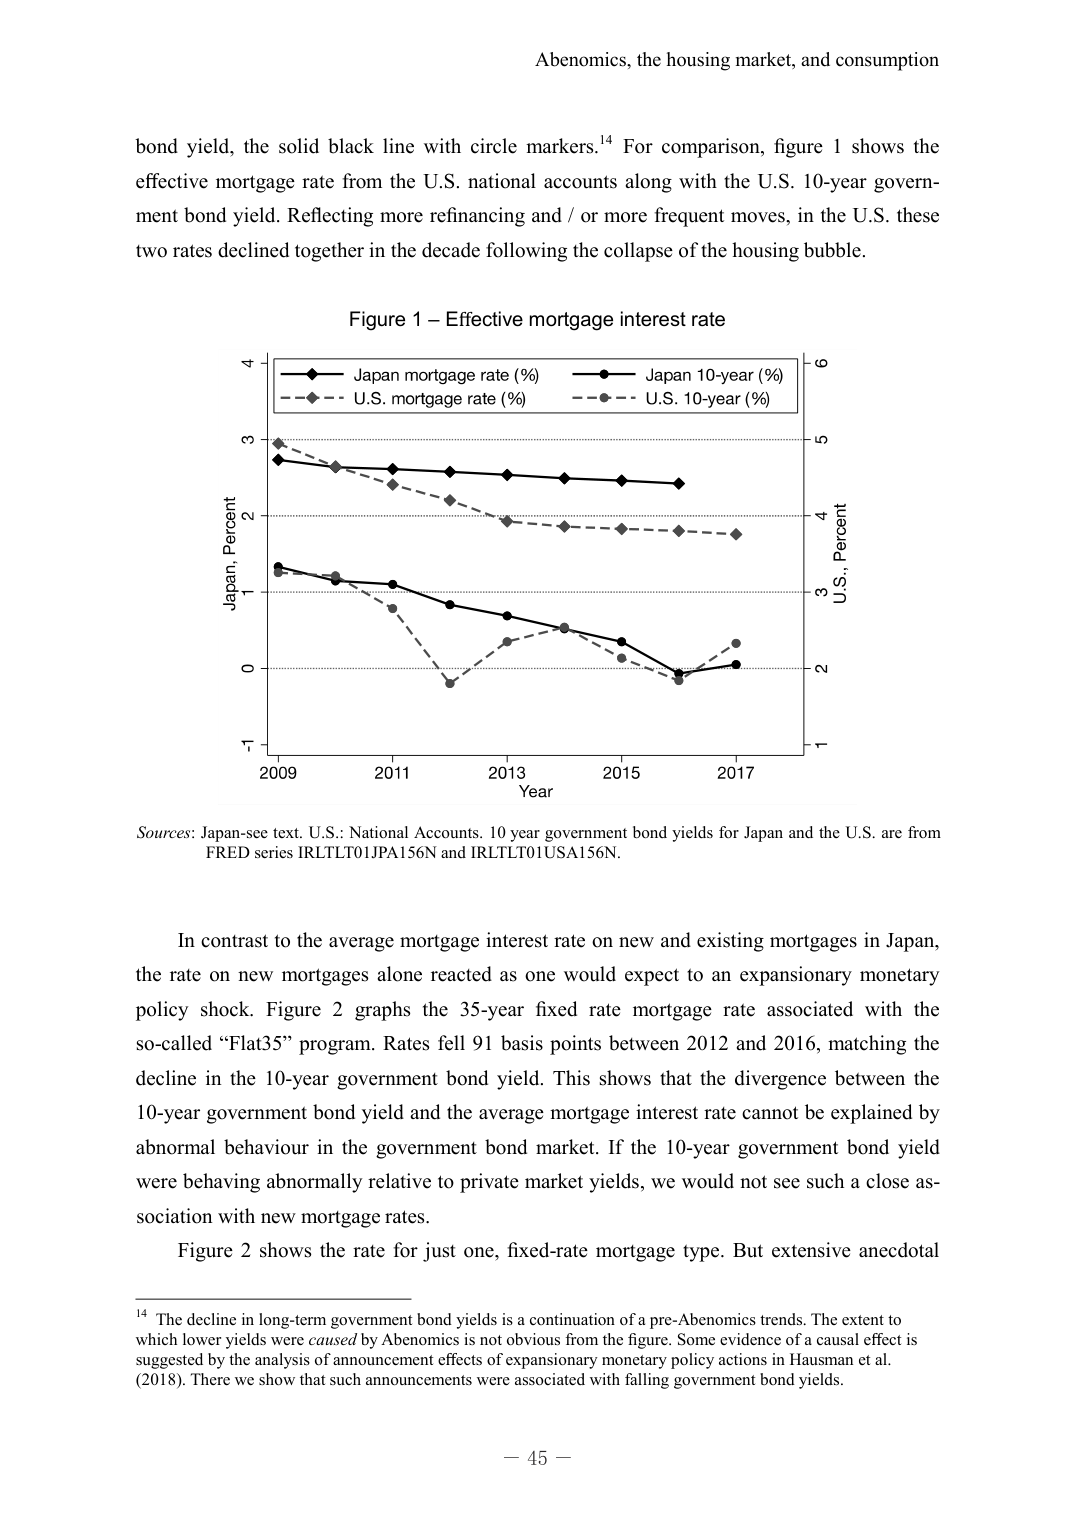
Abenomics, the housing market, and consumption

bond yield, the solid black line with circle markers.¹⁴ For comparison, figure 1 shows the effective mortgage rate from the U.S. national accounts along with the U.S. 10-year government bond yield. Reflecting more refinancing and / or more frequent moves, in the U.S. these two rates declined together in the decade following the collapse of the housing bubble.

Figure 1 – Effective mortgage interest rate

Japan, Percent
U.S., Percent

Japan mortgage rate (%)
Japan 10-year (%)
U.S. mortgage rate (%)
U.S. 10-year (%)

2009 2011 2013 2015 2017
Year

Sources: Japan-see text. U.S.: National Accounts. 10 year government bond yields for Japan and the U.S. are from FRED series IRLTLT01JPA156N and IRLTLT01USA156N.

In contrast to the average mortgage interest rate on new and existing mortgages in Japan, the rate on new mortgages alone reacted as one would expect to an expansionary monetary policy shock. Figure 2 graphs the 35-year fixed rate mortgage rate associated with the so-called “Flat35” program. Rates fell 91 basis points between 2012 and 2016, matching the decline in the 10-year government bond yield. This shows that the divergence between the 10-year government bond yield and the average mortgage interest rate cannot be explained by abnormal behaviour in the government bond market. If the 10-year government bond yield were behaving abnormally relative to private market yields, we would not see such a close association with new mortgage rates.

Figure 2 shows the rate for just one, fixed-rate mortgage type. But extensive anecdotal

¹⁴ The decline in long-term government bond yields is a continuation of a pre-Abenomics trends. The extent to which lower yields were caused by Abenomics is not obvious from the figure. Some evidence of a causal effect is suggested by the analysis of announcement effects of expansionary monetary policy actions in Hausman et al. (2018). There we show that such announcements were associated with falling government bond yields.

– 45 –